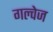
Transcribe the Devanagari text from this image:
गल्वेज